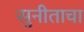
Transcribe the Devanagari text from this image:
सुनीताचा